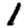
Digit: 1